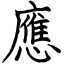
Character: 應